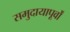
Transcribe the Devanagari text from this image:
समुदायापूर्वों